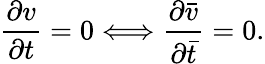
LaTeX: \frac{\partial v}{\partial t}=0\Longleftrightarrow\frac{\partial\bar{v}}{\partial\bar{t}}=0.